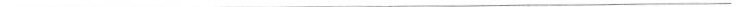
___